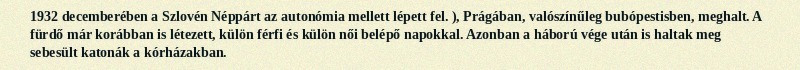
1932 decemberében a Szlovén Néppárt az autonómia mellett lépett fel. ), Prágában, valószínűleg bubópestisben, meghalt. A fürdő már korábban is létezett, külön férfi és külön női belépő napokkal. Azonban a háború vége után is haltak meg sebesült katonák a kórházakban.